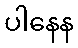
ပါနေန